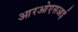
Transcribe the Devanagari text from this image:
आरओएसआई